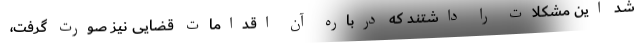
شد این مشکلات را داشتند که درباره آن اقدامات قضایی نیز صورت گرفت،